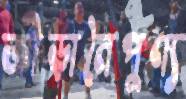
ক্রীড়ানৈপুণ্য